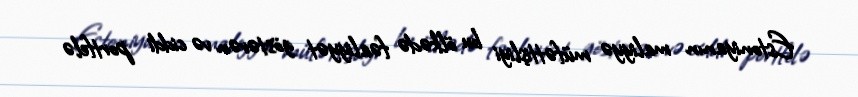
Estoniyanın maliyyə müfəttişliyi bu ölkədə fəaliyyət göstərən və ciddi portfelə